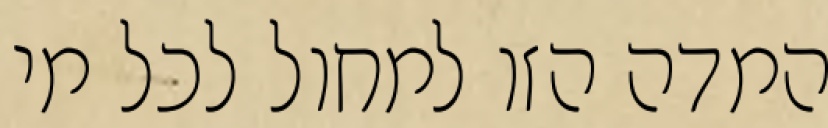
המדה הזו למחול לכל מי